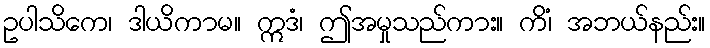
ဥပါသိကေ၊ ဒါယိကာမ။ ဣဒံ၊ ဤအမှုသည်ကား။ ကိံ၊ အဘယ်နည်း။